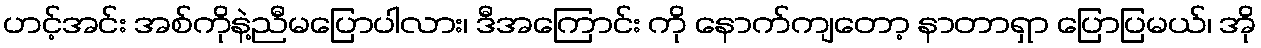
ဟင့်အင်း အစ်ကိုနဲ့ညီမပြောပါလား၊ ဒီအကြောင်း ကို နောက်ကျတော့ နာတာရှာ ပြောပြမယ်၊ အို